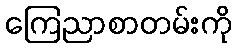
ကြေညာစာတမ်းကို